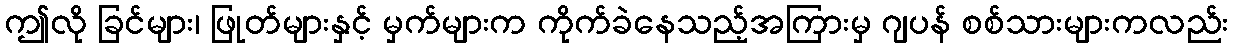
ဤလို ခြင်များ၊ ဖြုတ်များနှင့် မှက်များက ကိုက်ခဲနေသည့်အကြားမှ ဂျပန် စစ်သားများကလည်း